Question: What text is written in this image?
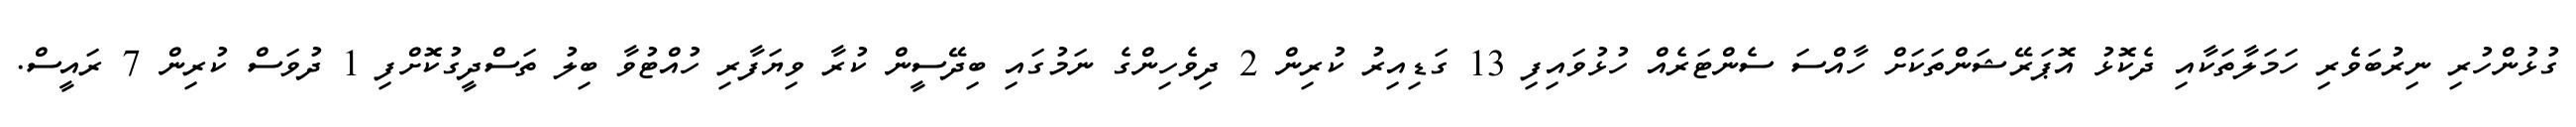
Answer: ގުޅުންހުރި ނިރުބަވެރި ހަމަލާތަކާއި ދެކޮޅު އޮޕަރޭޝަންތަކަށް ހާއްސަ ސެންޓަރެއް ހުޅުވައިފި 13 ގަޑިއިރު ކުރިން 2 ދިވެހިންގެ ނަމުގައި ބިދޭސީން ކުރާ ވިޔަފާރި ހުއްޓުވާ ބިލު ތަސްދީގުކޮށްފި 1 ދުވަސް ކުރިން 7 ރައީސް.